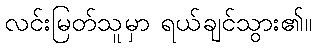
လင်းမြတ်သူမှာ ရယ်ချင်သွား၏။